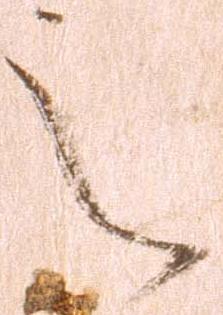
之